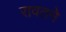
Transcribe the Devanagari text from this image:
रावतने